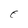
Character: E